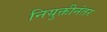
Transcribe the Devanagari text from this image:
नियुक्तीनंतर